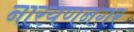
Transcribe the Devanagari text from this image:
नारयणनगर